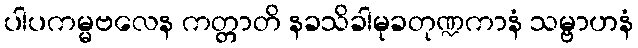
ပါပကမ္မဗလေန ကတ္တာတိ နခသိခါမုခတုဏ္ဍကာနံ သမ္ဗာဟနံ